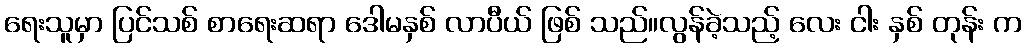
ရေးသူမှာ ပြင်သစ် စာရေးဆရာ ဒေါမနှစ် လာပီယ် ဖြစ် သည်။လွန်ခဲ့သည့် လေး ငါး နှစ် တုန်း က